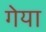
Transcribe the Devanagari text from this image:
गेया